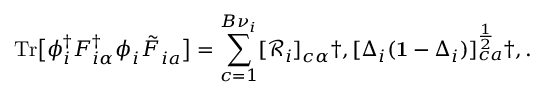
\mathrm { T r } \big [ \phi _ { i } ^ { \dagger } F _ { i \alpha } ^ { \dagger } \phi _ { i } ^ { \phantom { \dagger } } \tilde { F } _ { i a } ^ { \phantom { \dagger } } \big ] = \sum _ { c = 1 } ^ { B { \nu } _ { i } } [ \mathcal { R } _ { i } ] _ { c \alpha } \dag , [ \Delta _ { i } ( \mathbf { 1 } - \Delta _ { i } ) ] _ { c a } ^ { \frac { 1 } { 2 } } \dag , .